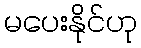
မပေးနိုင်ဟု